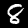
Label: 8